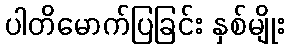
ပါတိမောက်ပြခြင်း နှစ်မျိုး